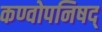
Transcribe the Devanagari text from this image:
कण्वोपनिषद्‌